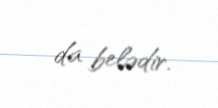
da belədir.